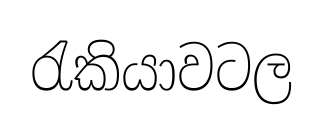
රැකියාවටල